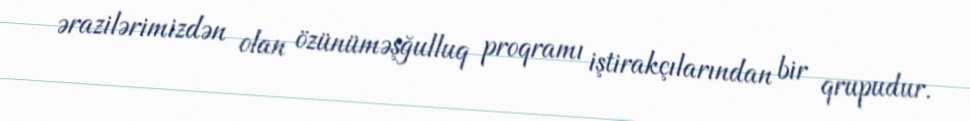
ərazilərimizdən olan özünüməşğulluq proqramı iştirakçılarından bir qrupudur.